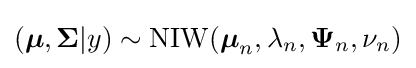
({\boldsymbol {\mu }},{\boldsymbol {\Sigma }}|y)\sim \mathrm {NIW} ({\boldsymbol {\mu }}_{n},\lambda _{n},{\boldsymbol {\Psi }}_{n},\nu _{n})